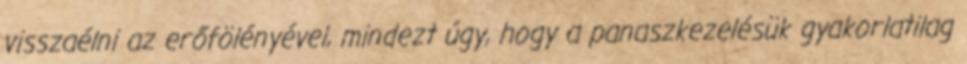
visszaélni az erőfölényével, mindezt úgy, hogy a panaszkezelésük gyakorlatilag